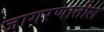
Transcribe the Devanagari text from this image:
जागरणातील